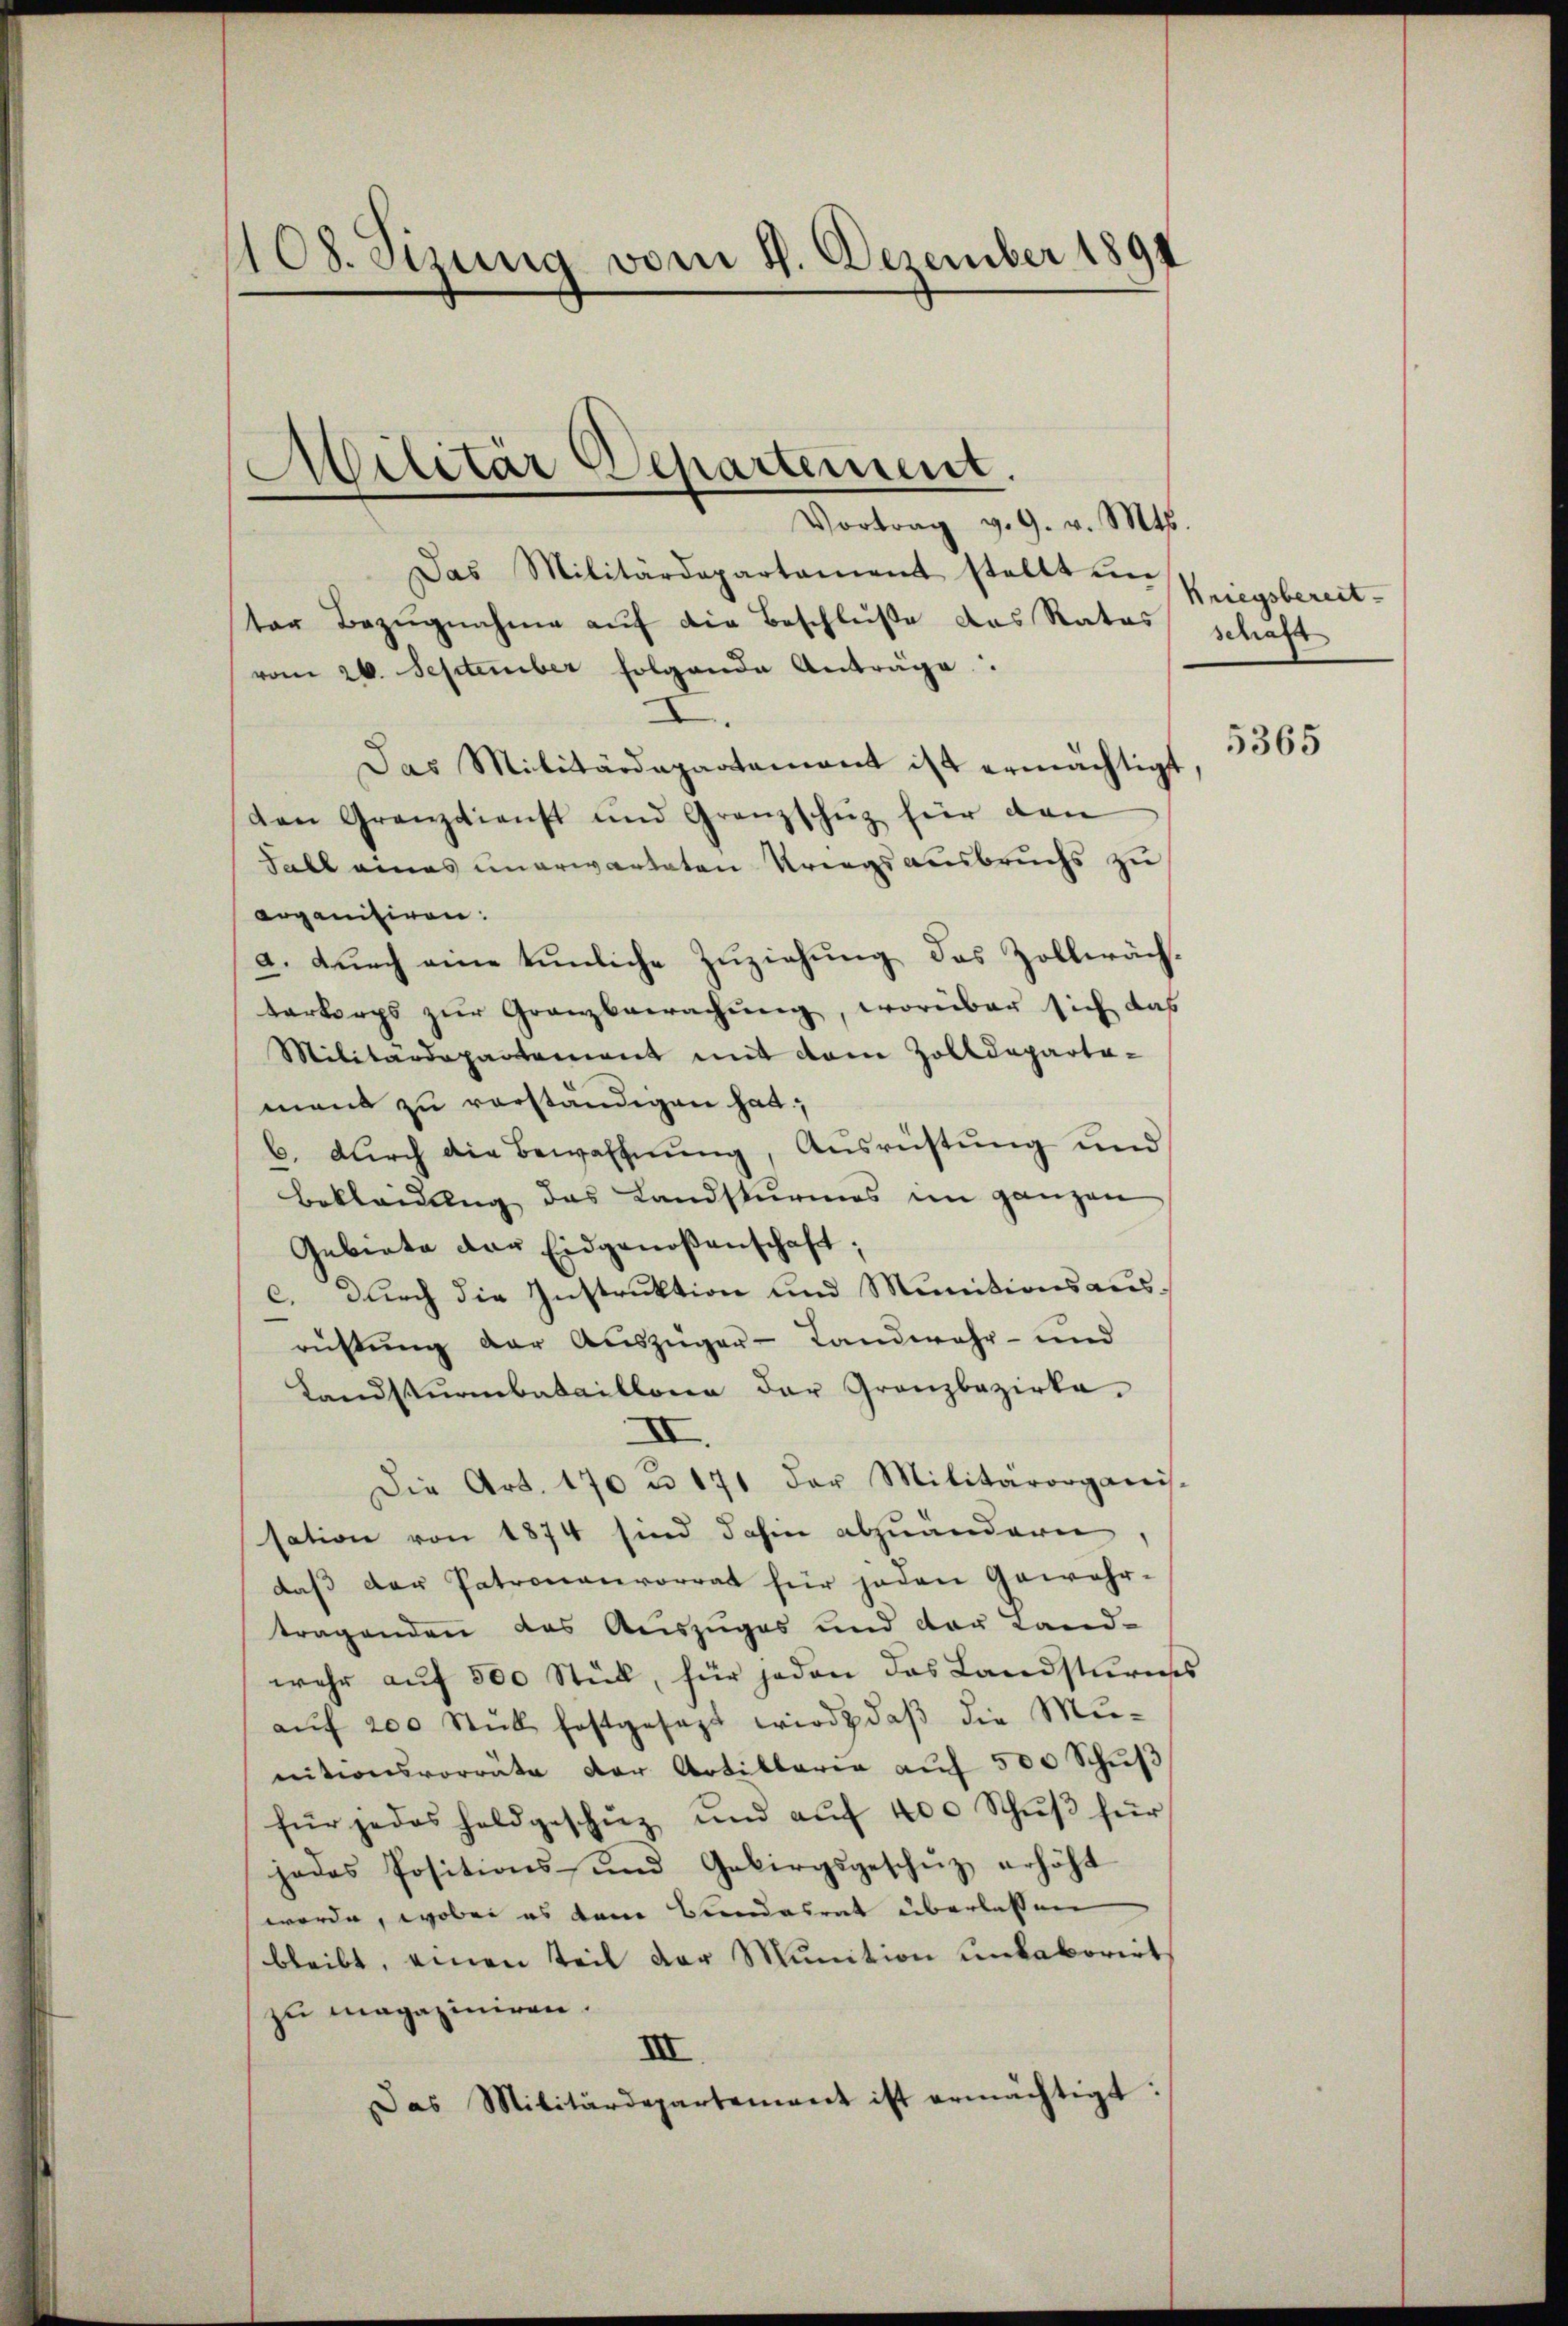
108. Sizung vom 11. Dezember 1897

Vortrag v. 9. v. Mts.
Das Militärdepartament stellt in
ter Bezugnahme auf die Beschluße das Ratas
vom 26. September folgende Anträge:
Das Militärdepartement ist ermächtigt
den Granztienst und Granzschüz für dan
Fall amas unerwarteten Kriegsausbruchs zu
Organisiren:
a. Durch eine tümliche Zuziehung des Zollwächterkorps zŭr Granzbewachŭng, worüber sich das
Militärdepartement mit dem Zolldeparta-
mant zu verständigen hat;
C. durch die Bewaffnung, Ausrüstung und
bekleidung das Landsturmes im ganzen
Gebiete der Eidgenoßenschaft;
c. durch die Instruktion und Munitionsausrüstung der Auszüger-Landwehr- und
Landsturmbataillona der Granzbezirke.
II.
Die Art. 170 u. 171 der Militärorganis-
sation von 1874 sind dahin abzuändern,
daß der Patronenvorrat für jeden Gewähr-
tragenden das Auszuges und der Land-
wehr auf 300 Stück, für jeden das Landsturms
aŭf 200 Stück festgesezt wird, daß die Munitionsvorräte der Artillarer aŭf 500 Schŭs
für jedes holdgeschŭz und aŭf 400 Schŭβ für
jedes Positions- und Gebirgsgeschüz erhöht
d
werde, wobei es kann Bundesrat überlassen
bleibt, einen Teil der Munition unkaborirt
zu magaziniren.
III.
Das Militärdepartement ist ermächtigt:

Militär-Apartement.

Kriegsbereit
schaft

5365